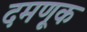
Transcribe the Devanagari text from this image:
दमणूक